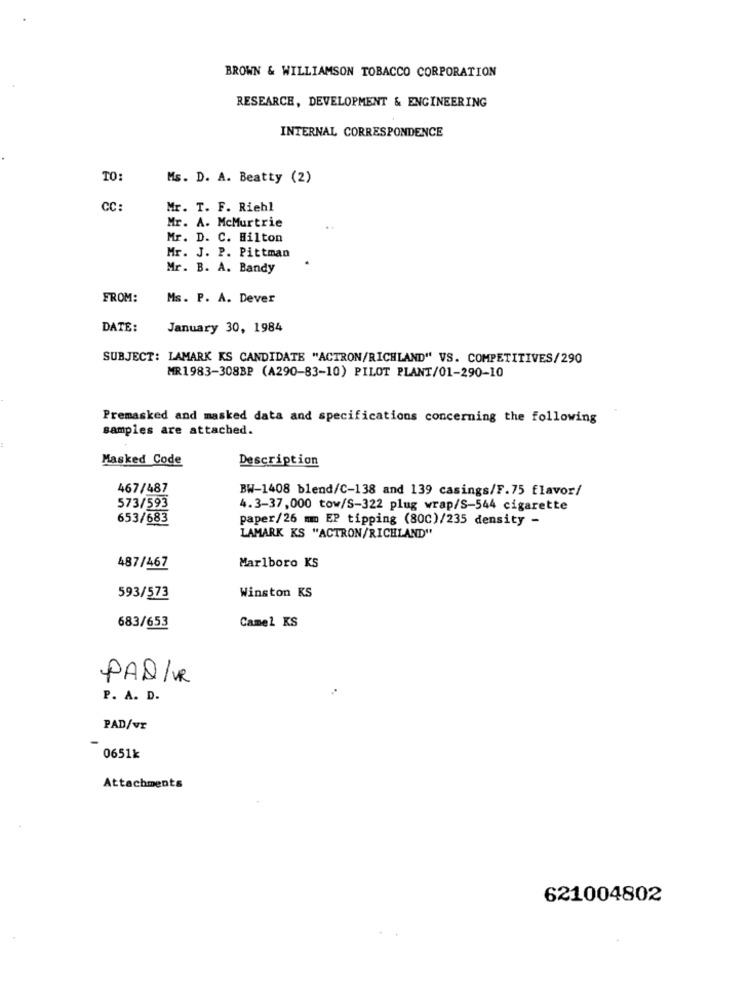
BROWN & WILLIAMSON TOBACCO CORPORATION
RESEARCH, DEVELOPMENT & ENGINEERING
INTERNAL CORRESPONDENCE
TO:
Ms. D. A. Beatty (2)
CC:
Mr. T. F. Riehl
Mr. A. McMurtrie
Mr. D. C. Hilton
Mr. J. P. Pittman
Mr. B. A. Bandy
FROM:
Ms. P. A. Dever
DATE:
January 30, 1984
SUBJECT: LAMARK KS CANDIDATE "ACTRON/RICHLAND" VS. COMPETITIVES/290
MR1983-308BP (A290-83-10) PILOT PLANT/01-290-10
Premasked and masked data and specifications concerning the following
samples are attached.
Masked Code
Description
467/487
BW-1408 blend/C-138 and 139 casings/F.75 flavor/
573/593
4.3-37,000 tow/S-322 plug wrap/S-544 cigarette
653/683
paper/26 mm EP tipping (80C)/235 density -
LAMARK KS "ACTRON/RICHLAND"
487/467
Marlboro KS
593/573
Winston KS
683/653
Camel KS
PAQ/R
P. A. D.
PAD/vr
0651k
Attachments
621004802